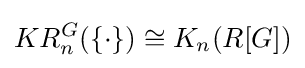
KR_{n}^{G}(\{\cdot \})\cong K_{n}(R[G])